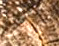
يمكني